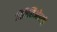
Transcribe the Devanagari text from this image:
बिबिलिओग्राफी